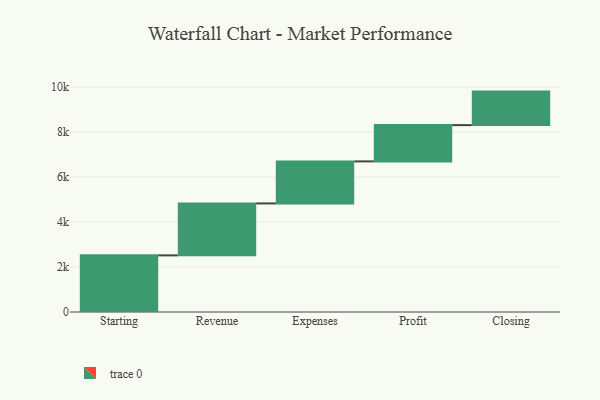
{"axis": {"x": "Step", "y": "Value"}, "legend": [""], "data": [{"x": "Starting", "y": 2517.0, "type": ""}, {"x": "Revenue", "y": 2308.0, "type": ""}, {"x": "Expenses", "y": 1869.0, "type": ""}, {"x": "Profit", "y": 1612.0, "type": ""}, {"x": "Closing", "y": 1490.0, "type": ""}]}